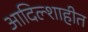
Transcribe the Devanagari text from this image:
आदिल्शाहीत